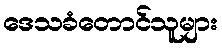
ဒေသခံတောင်သူများ